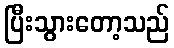
ပြီးသွားတော့သည်